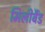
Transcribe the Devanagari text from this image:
मिलीबैंड